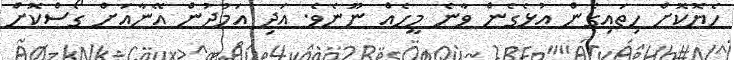
ހެޔޮކޮށް ހިތައިގެން އުޅެގެން ވާނެ މީހެއް ނޫނެވެ. އަދި އަމުދުން އޭނާއަށް ގޯސްކޮށް